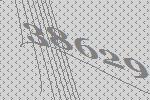
38629